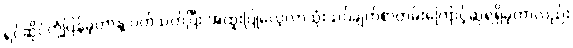
ရင်ဆိုင်တုံ့ပြန်ခဲ့တာနဲ့ ပတ်သက်ပြီး အထူးပြုလေ့လာသုံးသပ်ချက်စာတမ်းကြောင့်ဆုရရှိခဲ့တာလည်း